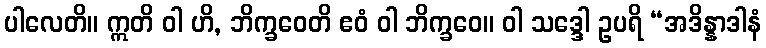
ပါလေတိ။ ဣတိ ဝါ ဟိ, ဘိက္ခဝေတိ ဧဝံ ဝါ ဘိက္ခဝေ။ ဝါ သဒ္ဒေါ ဥပရိ “အဒိန္နာဒါနံ